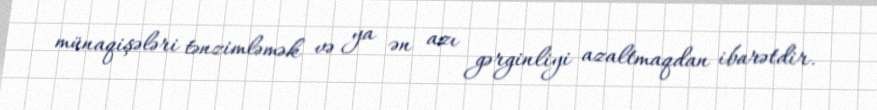
münaqişələri tənzimləmək və ya ən azı gərginliyi azaltmaqdan ibarətdir.